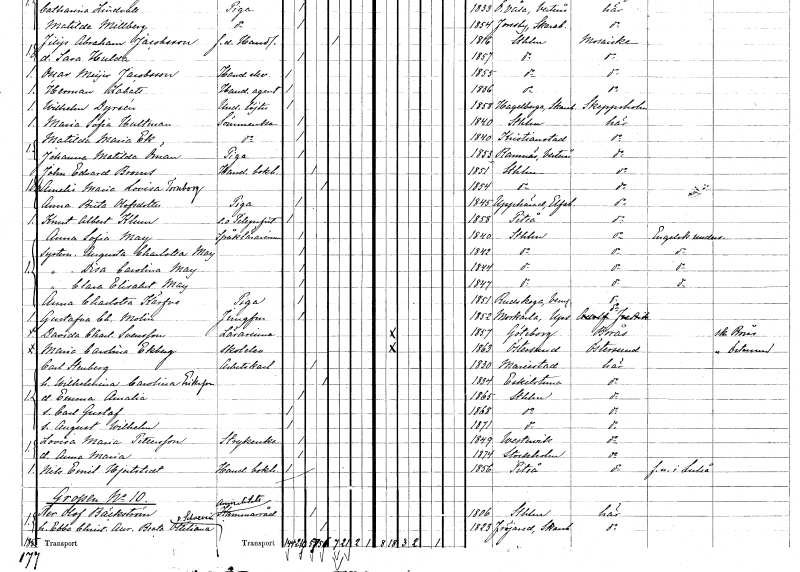
gt_parse: households: individuals: FN: Matilda Maria
EN: Ek
YRKE: Sömmerska
KON: K
CIV: O
FODAR: 1840
FODFORS: Kristianstad Kristianstads län
FN: Johanna Matilda
EN: Öman
YRKE: Piga
KON: K
CIV: O
FODAR: 1853
FODFORS: Ramnäs Västmanlands län
FN: John Edvard
EN: Broms
YRKE: Handelsbokhållare
KON: M
CIV: G
FODAR: 1851
FODFORS: Stockholm
FN: Amelie Maria Lovisa
EN: Tornborg
KON: K
CIV: G
FODAR: 1854
FODFORS: Stockholm
FN: Anna Brita
EN: Olofsdotter
YRKE: Piga
KON: K
CIV: O
FODAR: 1845
FODFORS: Upphärad Älvsborgs län
FN: Knut Albert
EN: Klum
YRKE: Telegrafist e.o.
KON: M
CIV: O
FODAR: 1858
FODFORS: Piteå Norrbottens län
FN: Anna Sofia
EN: May
YRKE: Språklärarinna
KON: K
CIV: O
FODAR: 1840
FODFORS: Stockholm
FN: Augusta Charlotta
EN: May
KON: K
CIV: O
FODAR: 1842
FODFORS: Stockholm
FN: Disa Carolina
EN: May
KON: K
CIV: O
FODAR: 1844
FODFORS: Stockholm
FN: Clara Elisabet
EN: May
KON: K
CIV: O
FODAR: 1847
FODFORS: Stockholm
FN: Anna Charlotta
EN: Kärfve
YRKE: Piga
KON: K
CIV: O
FODAR: 1851
FODFORS: Rudskoga Värmlands län
FN: Gustafva Charlotta
EN: Molin
YRKE: Jungfru
KON: K
CIV: O
FODAR: 1852
FODFORS: Morkarla Uppsala län
FN: Davida Charlotta
EN: Svensson
YRKE: Lärarinna
KON: K
CIV: O
FODAR: 1857
FODFORS: Göteborg Göteborgs- och Bohuslän
FN: Maria Carolina
EN: Ekberg
YRKE: Skolelev
KON: K
CIV: O
FODAR: 1863
FODFORS: Östersund Jämtlands län
FN: Carl
EN: Stenberg
YRKE: Arbetskarl
KON: M
CIV: G
FODAR: 1830
FODFORS: Mariestad Skaraborgs län
FN: Wilhelmina Carolina
EN: Eriksson
KON: K
CIV: G
FODAR: 1834
FODFORS: Eskilstuna Södermanlands län
FN: Emma Amalia
KON: K
CIV: O
FODAR: 1865
FODFORS: Stockholm
FN: Carl Gustaf
KON: M
CIV: O
FODAR: 1868
FODFORS: Stockholm
FN: August Wilhelm
KON: M
CIV: O
FODAR: 1871
FODFORS: Stockholm
FN: Lovisa Maria
EN: Pettersson
YRKE: Strykerska
KON: K
CIV: O
FODAR: 1849
FODFORS: Västervik Kalmar län
FN: Anna Maria
KON: K
CIV: O
FODAR: 1874
FODFORS: Stockholm
FN: Nils Emil
EN: Hjertstedt
YRKE: Handelsbokhållare
KON: M
CIV: O
FODAR: 1856
FODFORS: Piteå Norrbottens län
FN: Per Olof
EN: Bäckström
YRKE: Amiralitetskammarråd
KON: M
CIV: G
FODAR: 1806
FODFORS: Stockholm
FN: Ebba Christina Aurora Beata Ottiliana
EN: von Schverin
KON: K
CIV: G
FODAR: 1823
FODFORS: Fröjered Skaraborgs län